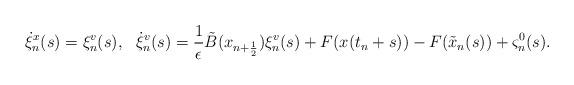
LaTeX: \begin{align*} \begin{aligned}&\dot{\xi}^{x}_{n}(s)=\xi^{v}_{n}(s),\ \ \dot{\xi}^{v}_{n}(s)=\frac{1}{\epsilon} \tilde{B}(x_{n+\frac{1}{2}})\xi^{v}_{n}(s) +F(x(t_n+s))-F(\tilde{x}_{n}(s))+\varsigma^{0}_{n}(s).\end{aligned}\end{align*}